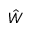
\hat { W }